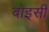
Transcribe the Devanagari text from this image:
वोइसीं